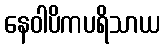
နေဝါပိကပရိသာယ